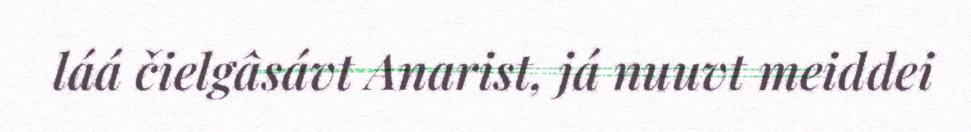
láá čielgâsávt Anarist, já nuuvt meiddei